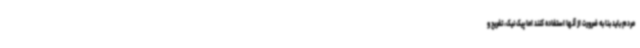
مردم باید بنا به ضرورت از آنها استفاده کنند اما پیک نیک، تفریح و